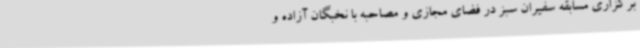
برگزاری مسابقه سفیران سبز در فضای مجازی و مصاحبه با نخبگان آزاده و